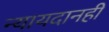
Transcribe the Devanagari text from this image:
न्यायदानही